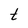
Character: t